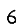
Digit: 6